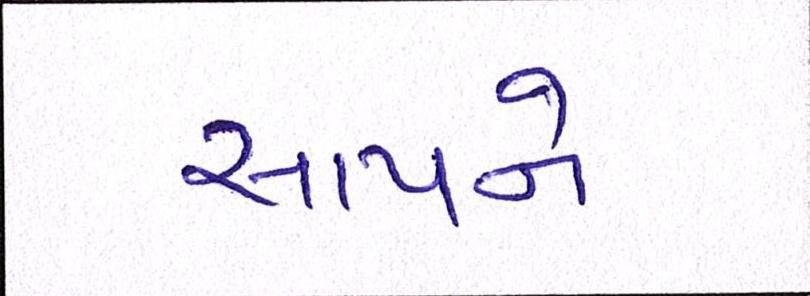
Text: સાપને